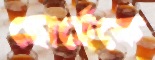
হোর্হেকে